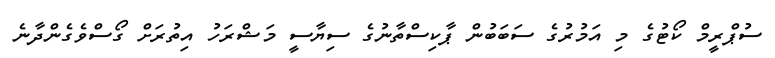
ސުޕްރީމް ކޯޓުގެ މި އަމުރުގެ ސަބަބުން ޕާކިސްތާނުގެ ސިޔާސީ މަޝްރަހު އިތުރަށް ގޯސްވެގެންދާނެ